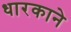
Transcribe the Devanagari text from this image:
धारकाने